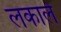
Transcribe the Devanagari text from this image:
लकाले